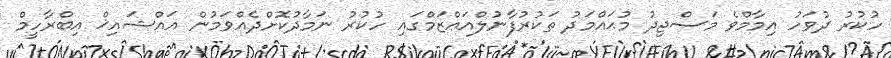
ހުކުރު ދުވަހު އިމާމްވެ މަސްޖިދު މުޙައްމަދު ތަކުރުފާނުލްއަޢްޒަމްގައި ހުކުރު ނަމާދުކޮށްދެއްވަމުން އައްޝައިޚް އިބްރާހީމް